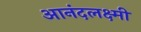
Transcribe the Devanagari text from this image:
आनंदलक्ष्मी